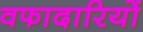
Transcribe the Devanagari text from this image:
वफादारियों